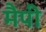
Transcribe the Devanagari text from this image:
मैपी